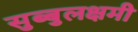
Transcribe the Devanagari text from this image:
सुब्बुलक्षमी